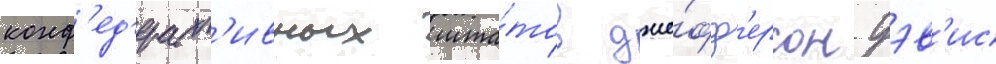
конф'ед'ерат'ивных шта́тов дже́фф'ерсон дэв'ис